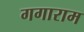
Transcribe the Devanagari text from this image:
गगाराम